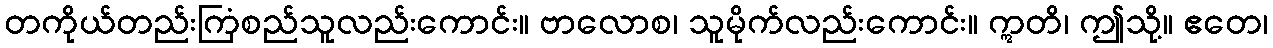
တကိုယ်တည်းကြံစည်သူလည်းကောင်း။ ဗာလောစ၊ သူမိုက်လည်းကောင်း။ ဣတိ၊ ဤသို့။ ဧတေ၊